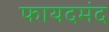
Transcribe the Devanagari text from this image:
फायदमंद